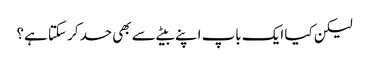
لیکن کیا ایک باپ اپنے بیٹے سے بھی حسد کر سکتا ہے؟